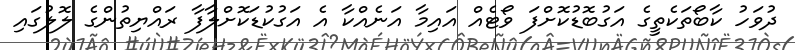
ދުވަހު ކާބޯތަކެތީގެ އަގުބޮޑުކޮށްފަ ވޯޓެއް އައިމާ އަނެއްކާ އެ އަގުކުޑަކޮށްލާފާ ރައްޔިތުންގެ ލޮލުގައި